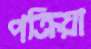
পক্রিয়া